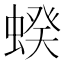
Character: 𧍜